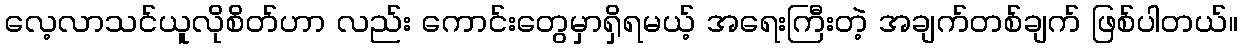
လေ့လာသင်ယူလိုစိတ်ဟာ လည်း ကောင်းတွေမှာရှိရမယ့် အရေးကြီးတဲ့ အချက်တစ်ချက် ဖြစ်ပါတယ်။